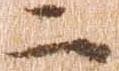
二